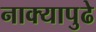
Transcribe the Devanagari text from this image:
नाक्‍यापुढे